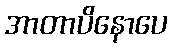
အာတာပိနောပေ